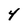
Character: 4